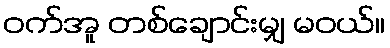
ဝက်အူ တစ်ချောင်းမျှ မဝယ်။